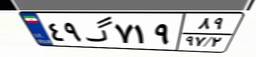
۰۰گ۷۴۹۳۰